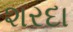
શરદા